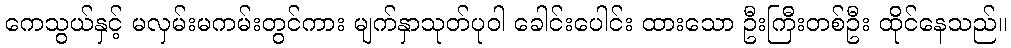
ကေသွယ်နှင့် မလှမ်းမကမ်းတွင်ကား မျက်နှာသုတ်ပုဝါ ခေါင်းပေါင်း ထားသော ဦးကြီးတစ်ဦး ထိုင်နေသည်။